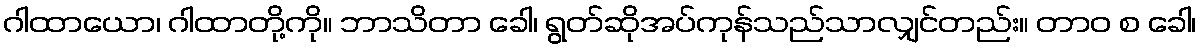
ဂါထာယော၊ ဂါထာတို့ကို။ ဘာသိတာ ခေါ၊ ရွတ်ဆိုအပ်ကုန်သည်သာလျှင်တည်း။ တာဝ စ ခေါ၊